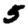
Digit: 5